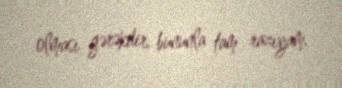
olması gərəkdir, bununla tam razıyam.